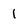
Character: 1